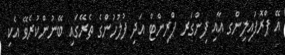
އޭ ޕްރޮފައިލިންގ އާއި ފިންގަރ ޕްރިންޓް އަދި ފުލުހުންގެ ތެރޭގައި ބޭނުންކުރެވޭ އެކި